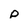
Character: p